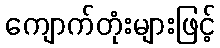
ကျောက်တုံးများဖြင့်